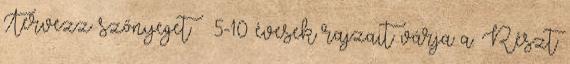
Tervezz szőnyeget – 5-10 évesek rajzait várja a. Részt